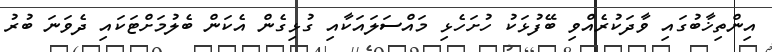
އިންތިޚާބުގައި ވާދަކުރެއްވި ބޭފުޅަކު ހުށަހެޅި މައްސަލައަކާއި ގުޅިގެން އެކަން ބެލުމަށްޓަކައި ދެވަނަ ބުރު